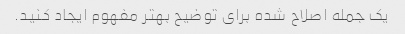
یک جمله اصلاح شده برای توضیح بهتر مفهوم ایجاد کنید.